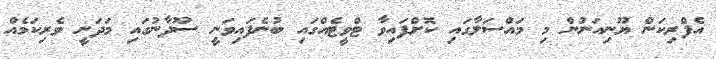
އެފްރިކަން ޔޫނިއަނުން މި މައްސަލާގައި ކޮށްފައިވާ ޓްވީޓެއްގައި ބުނެފައިވަނީ ސޫދާނުގައި މަދަނީ ވެރިކަމެއް